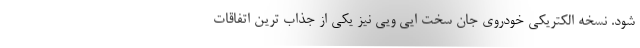
شود. نسخه الکتریکی خودروی جان سخت ایی ویی نیز یکی از جذاب ترین اتفاقات